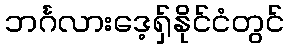
ဘင်္ဂလားဒေ့ရှ်နိုင်ငံတွင်